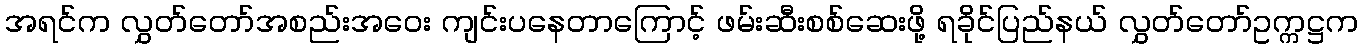
အရင်က လွှတ်တော်အစည်းအဝေး ကျင်းပနေတာကြောင့် ဖမ်းဆီးစစ်ဆေးဖို့ ရခိုင်ပြည်နယ် လွှတ်တော်ဥက္ကဋ္ဌက